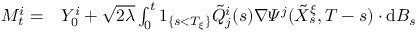
\begin{array} { r l } { M _ { t } ^ { i } = } & { { } Y _ { 0 } ^ { i } + \sqrt { 2 \lambda } \int _ { 0 } ^ { t } 1 _ { \{ s < T _ { \xi } \} } \tilde { Q } _ { j } ^ { i } ( s ) \nabla \varPsi ^ { j } ( \tilde { X } _ { s } ^ { \xi } , T - s ) \cdot \mathrm { d } B _ { s } } \end{array}